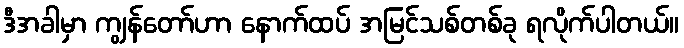
ဒီအခါမှာ ကျွန်တော်ဟာ နောက်ထပ် အမြင်သစ်တစ်ခု ရလိုက်ပါတယ်။